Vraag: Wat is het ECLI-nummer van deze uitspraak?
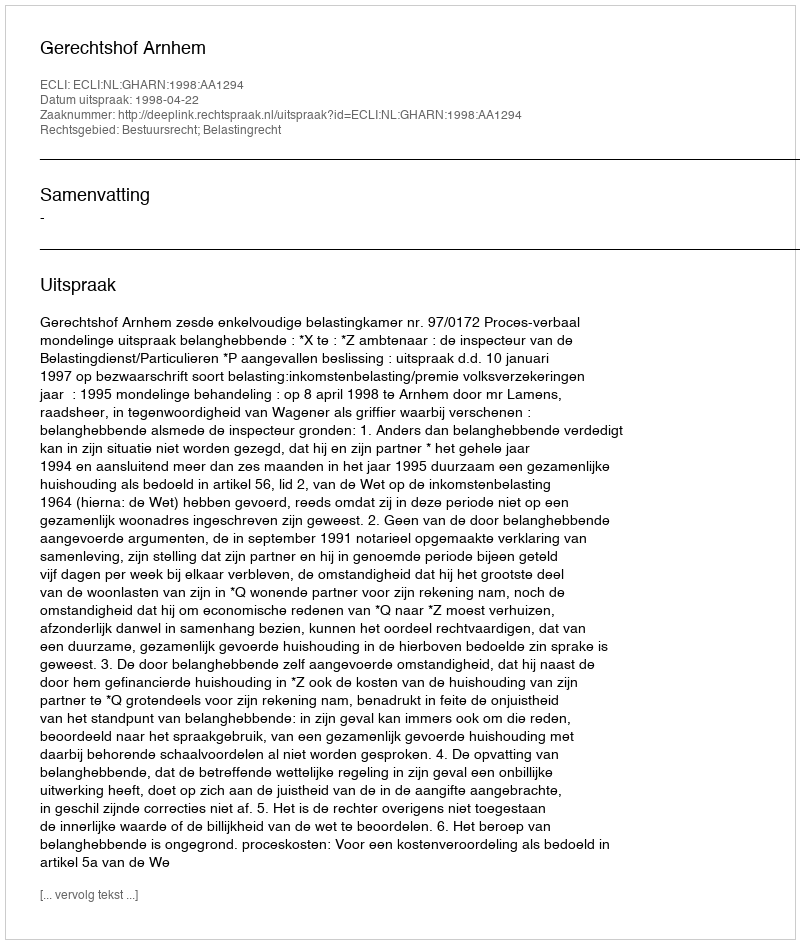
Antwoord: ECLI:NL:GHARN:1998:AA1294